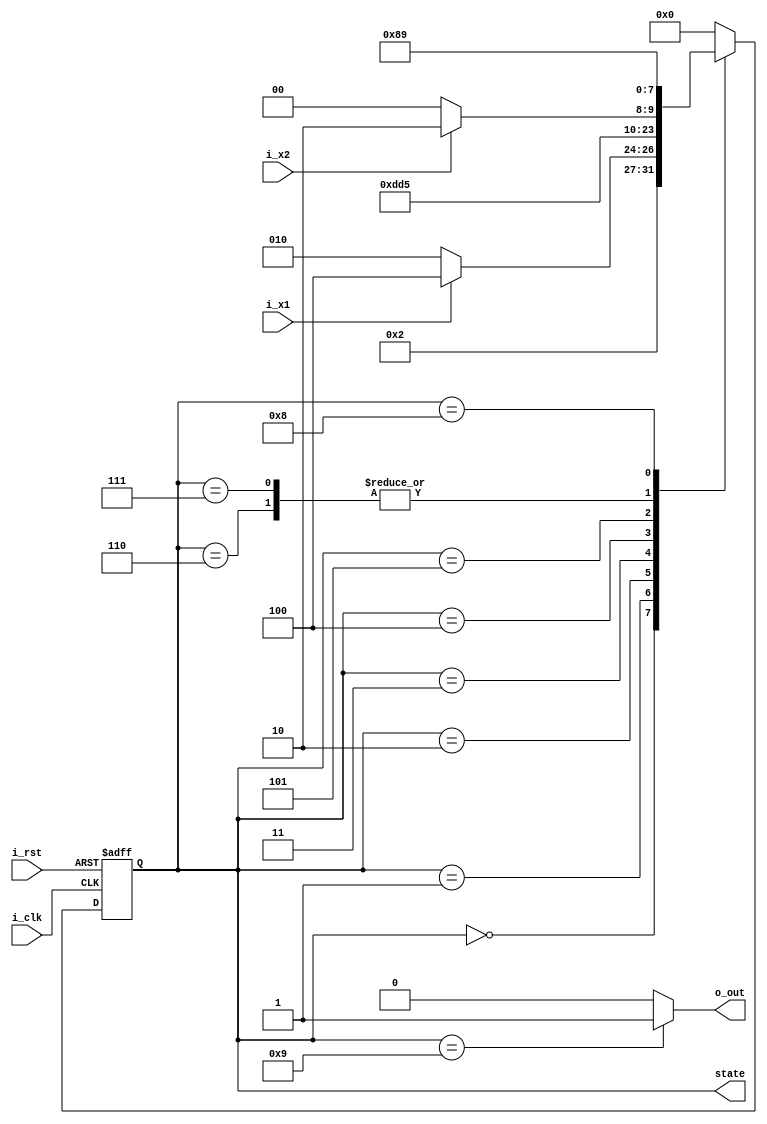
// Microprogram control unit module.
// There is also additional "state" output signal for comfortable using in the testbench.

module mpcu(i_clk, i_rst, i_x1, i_x2, o_out, state);

input i_clk, i_rst, i_x1, i_x2;		// input signals
output reg o_out;					// output signal

output reg [3:0] state;				// 2^4 = 16 possible states

// MPCU states
parameter [3:0] Y0 = 4'd0, Y1 = 4'd1, Y2 = 4'd2, Y3 = 4'd3, Y4 = 4'd4, Y5 = 4'd5, Y6 = 4'd6, Y7 = 4'd7, Y8 = 4'd8, Yk = 4'd9;

// MPCU's logic of transitions
always @(posedge i_clk, posedge i_rst) begin
	if(i_rst) begin
		state <= Y0;
	end else begin
		case(state)
			Y0:
				state <= Y1;
			Y1:
				/*
				if(i_x1) begin
					state <= Y4;
				end else begin
					state <= Y2;
				end
				*/
				state <= (i_x1) ? Y4 : Y2;
			Y2:
				state <= Y3;
			Y3:
				state <= Y7;
			Y4:
				state <= Y5;
			Y5:
				/*
				if(i_x2) begin
					state <= Y6;
				end else begin
					state <= Y4;
				end
				*/
				state <= (i_x2) ? Y6 : Y4;
			Y6:
				state <= Y8;
			Y7:
				state <= Y8;
			Y8:
				state <= Yk;	// Yk --> default --> Y0?
				
			default:
				state <= Y0;
		endcase
	end
end

// MPCU's output logic 
always @(state) begin
	case(state)		
		Yk:	
			o_out <= 1'b1;		
			
		default:
			o_out <= 1'b0;
	endcase
end
endmodule